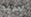
سيد